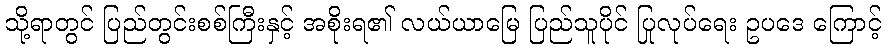
သို့ရာတွင် ပြည်တွင်းစစ်ကြီးနှင့် အစိုးရ၏ လယ်ယာမြေ ပြည်သူပိုင် ပြုလုပ်ရေး ဥပဒေ ကြောင့်